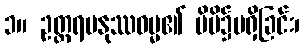
၁။ ဥတ္တရမနုဿဓမ္မ၏ မိမိ၌မရှိခြင်း၊